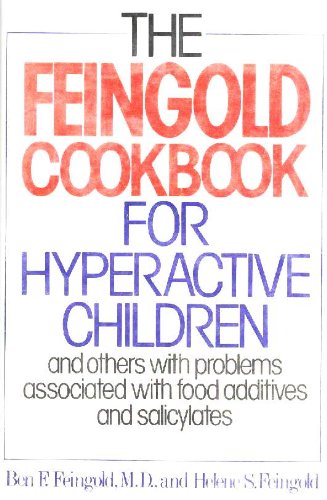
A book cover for The Feingold Cookbook for Hyperactive Children, and Others with Problems Associated with Food Additives and Salicylates; Ben Feingold; Health, Fitness & Dieting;